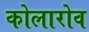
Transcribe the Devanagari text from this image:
कोलारोव